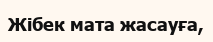
Жібек мата жасауға,